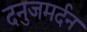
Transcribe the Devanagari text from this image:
दनुजमर्दन